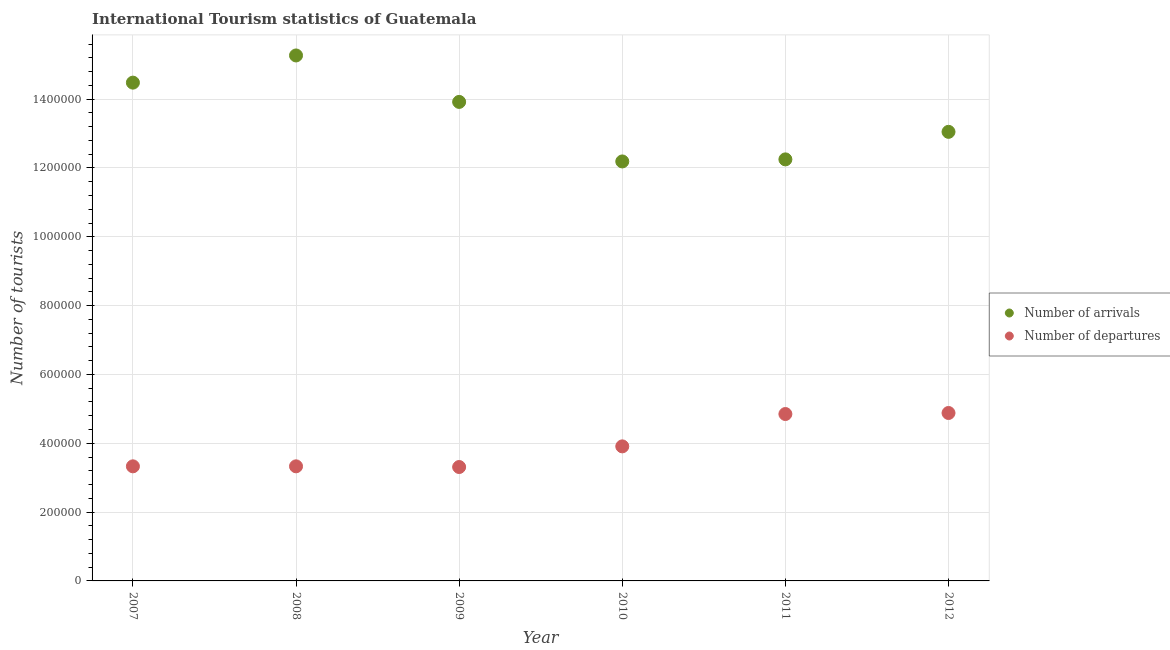
| Year | Number of arrivals | Number of departures |
 | --- | --- | --- |
 | 2007 | 1.45e+06 | 3.33e+05 |
 | 2008 | 1.53e+06 | 3.33e+05 |
 | 2009 | 1.39e+06 | 3.31e+05 |
 | 2010 | 1.22e+06 | 3.91e+05 |
 | 2011 | 1.22e+06 | 4.85e+05 |
 | 2012 | 1.30e+06 | 4.88e+05 |